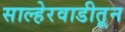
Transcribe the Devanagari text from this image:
साल्हेरवाडीतून